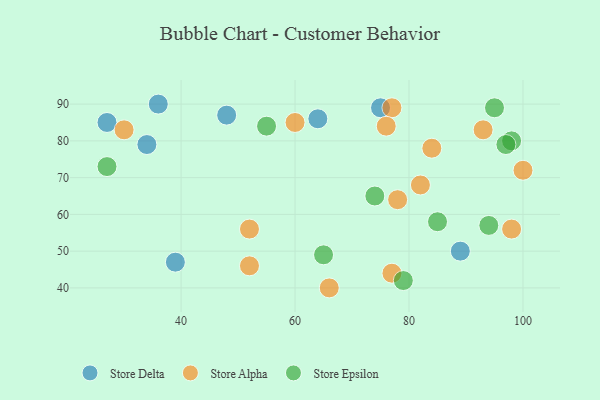
{"axis": {"x": "GDP", "y": "Life Expectancy"}, "legend": ["Store Alpha", "Store Delta", "Store Epsilon"], "data": [{"x": "36", "y": 90, "type": "Store Delta"}, {"x": "89", "y": 50, "type": "Store Delta"}, {"x": "64", "y": 86, "type": "Store Delta"}, {"x": "39", "y": 47, "type": "Store Delta"}, {"x": "34", "y": 79, "type": "Store Delta"}, {"x": "27", "y": 85, "type": "Store Delta"}, {"x": "75", "y": 89, "type": "Store Delta"}, {"x": "48", "y": 87, "type": "Store Delta"}, {"x": "84", "y": 78, "type": "Store Alpha"}, {"x": "30", "y": 83, "type": "Store Alpha"}, {"x": "77", "y": 89, "type": "Store Alpha"}, {"x": "77", "y": 44, "type": "Store Alpha"}, {"x": "93", "y": 83, "type": "Store Alpha"}, {"x": "82", "y": 68, "type": "Store Alpha"}, {"x": "52", "y": 46, "type": "Store Alpha"}, {"x": "66", "y": 40, "type": "Store Alpha"}, {"x": "78", "y": 64, "type": "Store Alpha"}, {"x": "100", "y": 72, "type": "Store Alpha"}, {"x": "76", "y": 84, "type": "Store Alpha"}, {"x": "98", "y": 56, "type": "Store Alpha"}, {"x": "52", "y": 56, "type": "Store Alpha"}, {"x": "60", "y": 85, "type": "Store Alpha"}, {"x": "98", "y": 80, "type": "Store Epsilon"}, {"x": "74", "y": 65, "type": "Store Epsilon"}, {"x": "85", "y": 58, "type": "Store Epsilon"}, {"x": "95", "y": 89, "type": "Store Epsilon"}, {"x": "94", "y": 57, "type": "Store Epsilon"}, {"x": "55", "y": 84, "type": "Store Epsilon"}, {"x": "79", "y": 42, "type": "Store Epsilon"}, {"x": "97", "y": 79, "type": "Store Epsilon"}, {"x": "65", "y": 49, "type": "Store Epsilon"}, {"x": "27", "y": 73, "type": "Store Epsilon"}]}